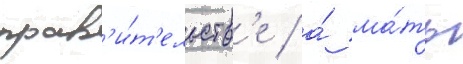
прав'и́т'ельств'е / а́ ма́ть